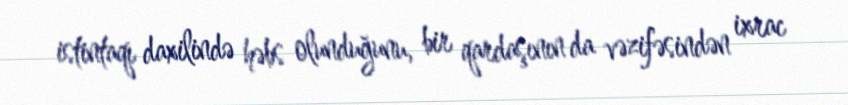
istintaqı daxilində həbs olunduğunu, bir qardaşının da vəzifəsindən ixrac